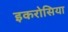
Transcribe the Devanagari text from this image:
इकरोसिया